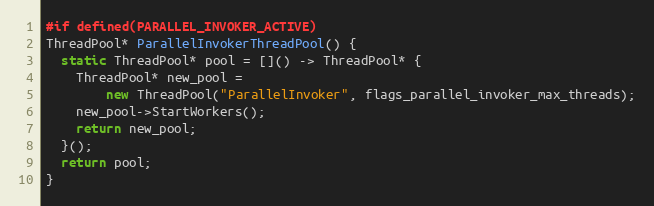
Language: C++
#if defined(PARALLEL_INVOKER_ACTIVE)
ThreadPool* ParallelInvokerThreadPool() {
  static ThreadPool* pool = []() -> ThreadPool* {
    ThreadPool* new_pool =
        new ThreadPool("ParallelInvoker", flags_parallel_invoker_max_threads);
    new_pool->StartWorkers();
    return new_pool;
  }();
  return pool;
}